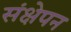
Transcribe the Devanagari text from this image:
संक्षेपन